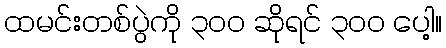
ထမင်းတစ်ပွဲကို ၃၀၀ ဆိုရင် ၃၀၀ ပေါ့။